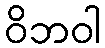
ဝိဘဝါ